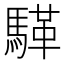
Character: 𮪏